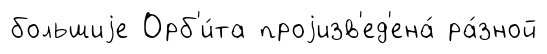
большиjе Орб'и́та проjизв'ед'ена́ ра́зной